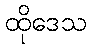
ထိုဒေသ